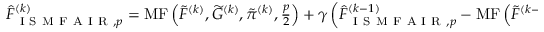
\begin{array} { r } { \widehat { F } _ { \mathrm { ~ I ~ S ~ M ~ F ~ A ~ I ~ R ~ } , p } ^ { ( k ) } = \operatorname { M F } \left( \widetilde { F } ^ { ( k ) } , \widetilde { G } ^ { ( k ) } , \tilde { \pi } ^ { ( k ) } , \frac { p } { 2 } \right) + \gamma \left( \widehat { F } _ { \mathrm { ~ I ~ S ~ M ~ F ~ A ~ I ~ R ~ } , p } ^ { ( k - 1 ) } - \operatorname { M F } \left( \widetilde { F } ^ { ( k - 1 ) } W _ { k } , \widetilde { G } ^ { ( k - 1 ) } , \tilde { \pi } ^ { ( k ) } , \frac { p } { 2 } \right) \right) \, . } \end{array}